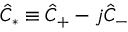
\hat { C } _ { \ast } \equiv \hat { C } _ { + } - j \hat { C } _ { - }